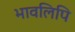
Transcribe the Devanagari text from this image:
भावलिपि